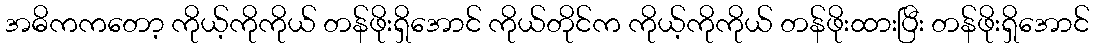
အဓိကကတော့ ကိုယ့်ကိုကိုယ် တန်ဖိုးရှိအောင် ကိုယ်တိုင်က ကိုယ့်ကိုကိုယ် တန်ဖိုးထားပြီး တန်ဖိုးရှိအောင်